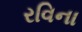
રવિના